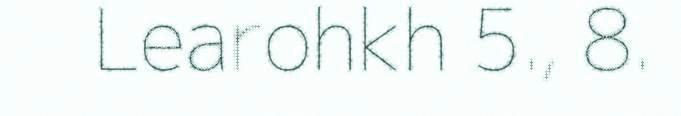
Learohkh 5., 8.